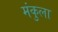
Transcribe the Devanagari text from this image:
मंकुला